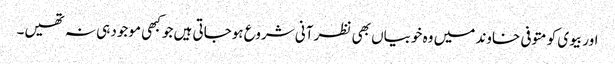
اور بیوی کو متوفی خاوند میں وہ خوبیاں بھی نظر آنی شروع ہوجاتی ہیں جو کبھی موجود ہی نہ تھیں۔